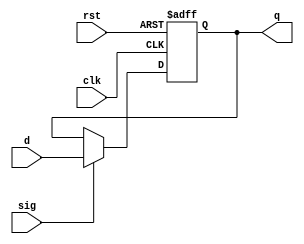
module flopr(clk, sig, d, q,rst);
    parameter width=32;
    input clk;
    input sig;
    input [width-1:0] d;
    output reg [width-1:0] q;
    input rst;
    initial
    begin
        q <= 0;
    end

    always @(negedge clk or posedge rst)
    begin
        if (rst)
        begin
            q <= 0;
        end
        else if (sig==1)
            q <= d;
    end
endmodule